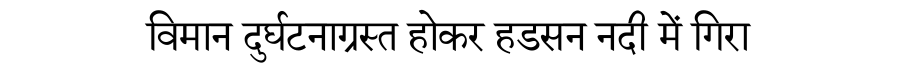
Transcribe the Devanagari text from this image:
विमान दुर्घटनाग्रस्त होकर हडसन नदी में गिरा